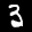
Label: 3